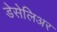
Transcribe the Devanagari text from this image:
डेसेलिअर